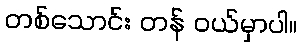
တစ်သောင်း တန် ဝယ်မှာပါ။